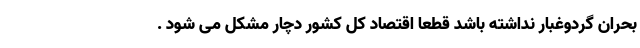
بحران گردوغبار نداشته باشد قطعا اقتصاد کل کشور دچار مشکل می شود .